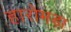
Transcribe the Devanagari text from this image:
हारोमड़ा